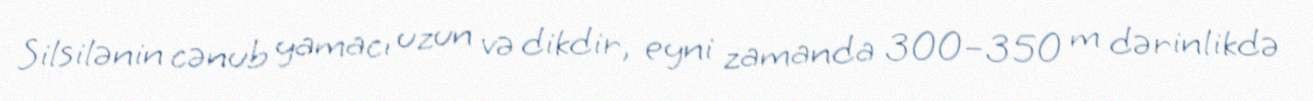
Silsilənin cənub yamacı uzun və dikdir, eyni zamanda 300–350 m dərinlikdə